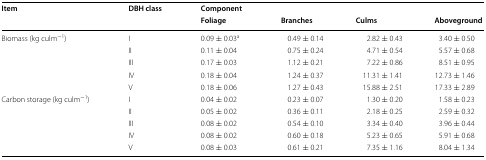
<table><thead><tr><td><b>Item</b></td><td><b>DBH class</b></td><td><b>Component</b></td><td></td><td></td><td></td></tr><tr><td></td><td></td><td><b>Foliage</b></td><td><b>Branches</b></td><td><b>Culms</b></td><td><b>Aboveground</b></td></tr></thead><tbody><tr><td>Biomass (kg culm<sup>−1</sup>)</td><td>I</td><td>0.09 ± 0.03<sup>a</sup></td><td>0.49 ± 0.14</td><td>2.82 ± 0.43</td><td>3.40 ± 0.50</td></tr><tr><td></td><td>II</td><td>0.11 ± 0.04</td><td>0.75 ± 0.24</td><td>4.71 ± 0.54</td><td>5.57 ± 0.68</td></tr><tr><td></td><td>III</td><td>0.17 ± 0.03</td><td>1.12 ± 0.21</td><td>7.22 ± 0.86</td><td>8.51 ± 0.95</td></tr><tr><td></td><td>IV</td><td>0.18 ± 0.04</td><td>1.24 ± 0.37</td><td>11.31 ± 1.41</td><td>12.73 ± 1.46</td></tr><tr><td></td><td>V</td><td>0.18 ± 0.06</td><td>1.27 ± 0.43</td><td>15.88 ± 2.51</td><td>17.33 ± 2.89</td></tr><tr><td rowspan="2">Carbon storage (kg culm<sup>−1</sup>)</td><td>I</td><td>0.04 ± 0.02</td><td>0.23 ± 0.07</td><td>1.30 ± 0.20</td><td>1.58 ± 0.23</td></tr><tr><td>II</td><td>0.05 ± 0.02</td><td>0.36 ± 0.11</td><td>2.18 ± 0.25</td><td>2.59 ± 0.32</td></tr><tr><td></td><td>III</td><td>0.08 ± 0.02</td><td>0.54 ± 0.10</td><td>3.34 ± 0.40</td><td>3.96 ± 0.44</td></tr><tr><td></td><td>IV</td><td>0.08 ± 0.02</td><td>0.60 ± 0.18</td><td>5.23 ± 0.65</td><td>5.91 ± 0.68</td></tr><tr><td></td><td>V</td><td>0.08 ± 0.03</td><td>0.61 ± 0.21</td><td>7.35 ± 1.16</td><td>8.04 ± 1.34</td></tr></tbody></table>